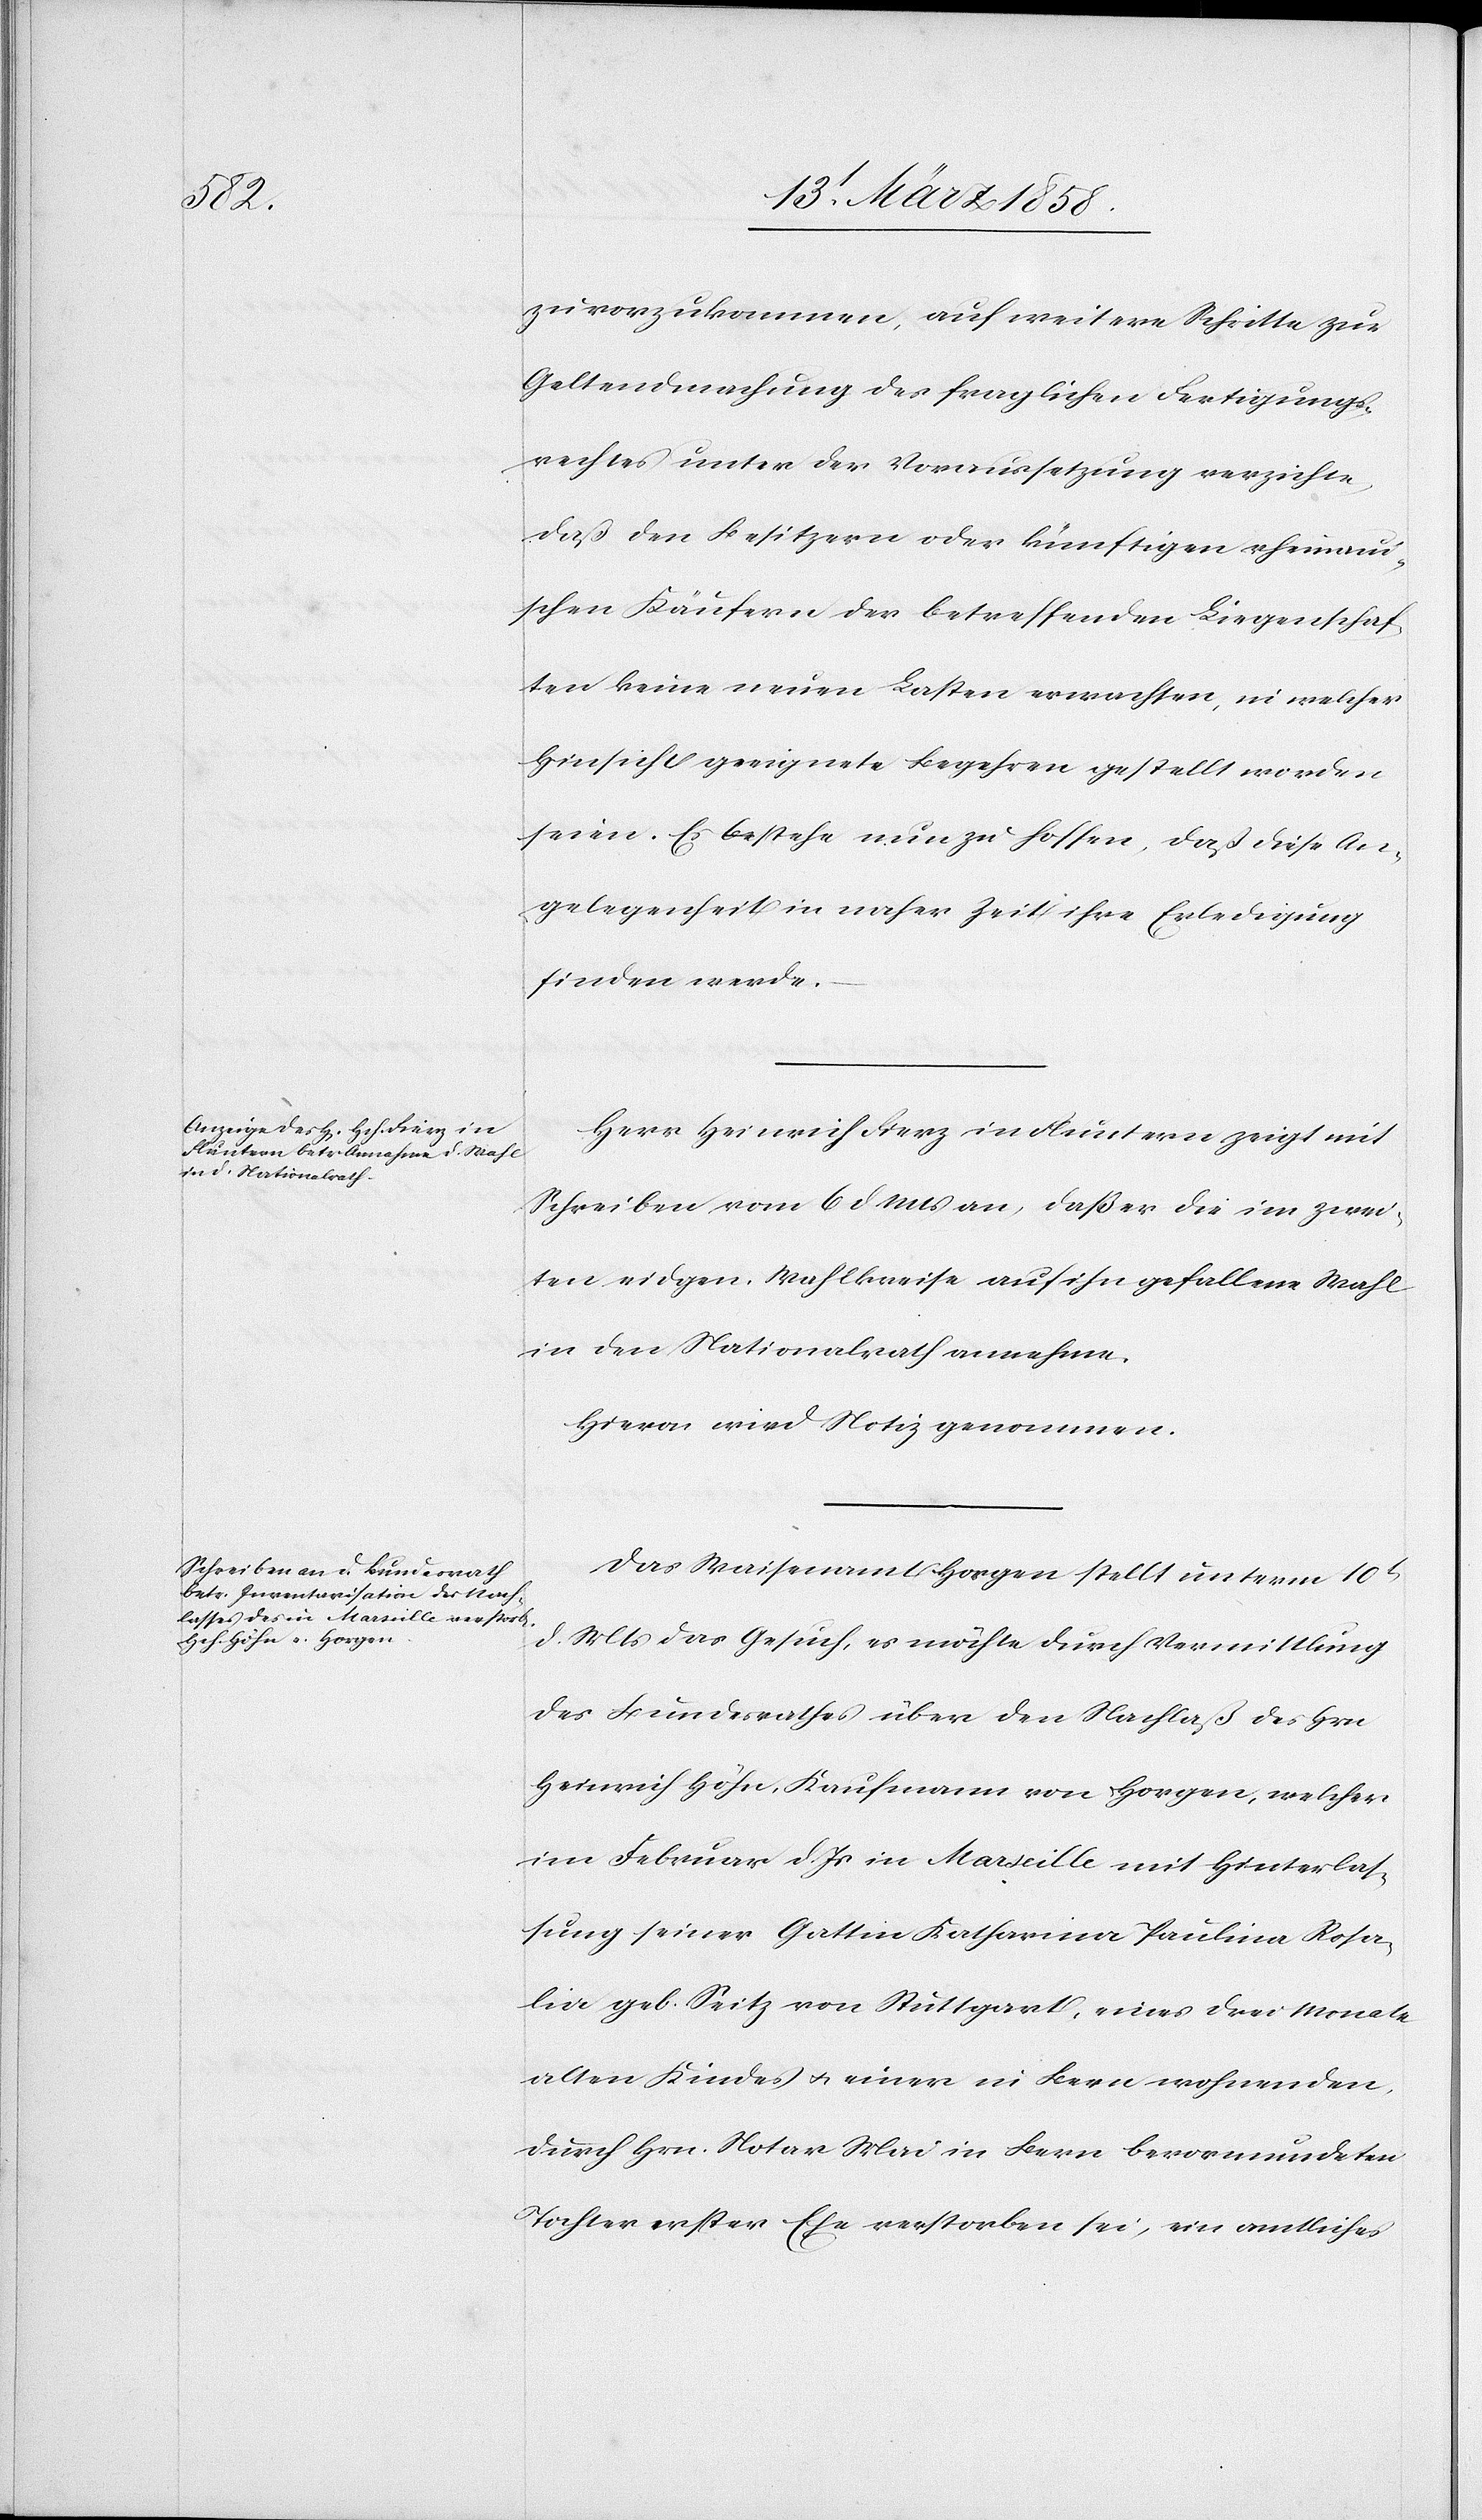
zuvorzukommen [sic!], auf weitere Schritte zur
Geltendmachung des fraglichen Fertigungs¬
rechtes unter der Voraussetzung verzichte,
daß den Besitzern oder künftigen rheinau¬
ischen Käufern der betreffenden Liegenschaf¬
ten keine neuen Lasten erwachsen, in welcher
Hinsicht geeignete Begehren gestellt worden
seien. Es bestehe nun zu hoffen, daß diese An¬
gelegenheit in naher Zeit ihre Erledigung
finden werde.
Herr Heinrich Fierz in Fluntern zeigt mit
Schreiben vom 6. d. Mts. an, daß er die im zwei¬
ten eidgen. Wahlkreise auf ihn gefallene Wahl
in den Nationalrath annehme.
Hievon wird Notiz genommen.
Das Waisenamt Horgen stellt unterm 10t
d. Mts. das Gesuch, es möchte durch Vermittlung
des Bundesrathes über den Nachlaß des Hrn.
Heinrich Höhn, Kaufmann von Horgen, welcher
im Februar d. Js. in Marseille mit Hinterlas¬
sung seiner Gattin Katharina Paulina Rosa¬
lia geb. Seitz von Stuttgart, eines drei Monate
alten Kindes u. einer in Bern wohnenden,
durch Hrn. Notar Mai in Bern bevormundeten
Tochter erster Ehe verstorben sei, ein amtliches